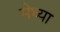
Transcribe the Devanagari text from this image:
मेध्या